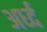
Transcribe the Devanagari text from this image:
अर्ध्द